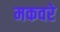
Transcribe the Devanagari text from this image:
मकवरे